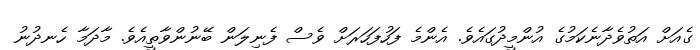
ގެއަށް އަތުވެދާނެކަމުގެ އުންމީދުގައެވެ. އެންމެ ފަހުފަހަރަށް ވެސް ފެނިލަން ބޭނުންވާތީއެވެ. މާދަމާ ހެނދުނު